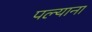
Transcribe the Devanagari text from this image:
पल्याना